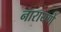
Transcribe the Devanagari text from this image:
नारायणे